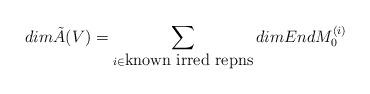
LaTeX: \begin{align*}dim \tilde A(V) = \sum_{i \in \mbox{known irred repns}} dim End M_0^{(i)}\end{align*}